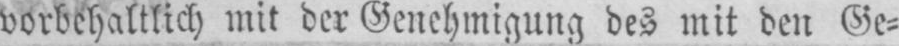
vorbehaltlich mit der Genehmigung des mit den Ge⸗